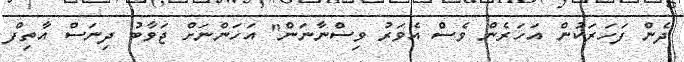
ދެން ފަހަރަކުން އަހަރެން ވެސް އެވަރު ވިސްނާނަން" އަހަންނަށް ޖަވާބު ދިނަސް އާތިފް